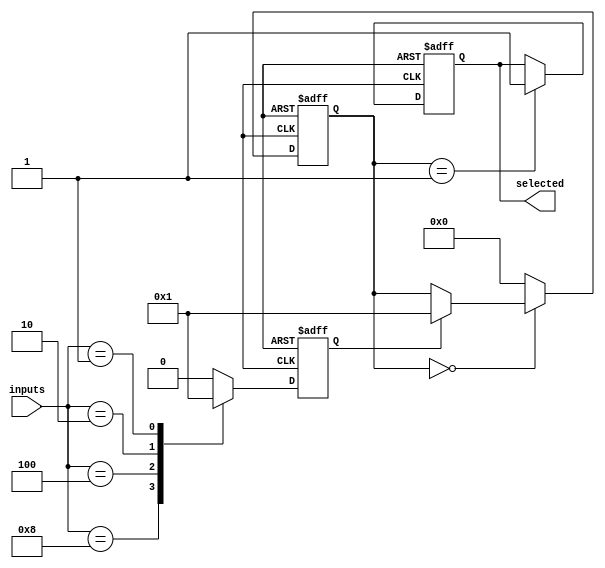
module priority_arbiter (
  input wire [N-1:0] inputs,
  output reg selected
);

reg [N-1:0] priority_levels;
reg [N-1:0] state;

parameter N = 4; // number of input signals

always @ (posedge clk or negedge rst_n) begin
  if (~rst_n) begin
    priority_levels <= 'h0;
    state <= 'h0;
    selected <= 1'b0;
  end else begin
    // priority encoder
    case (inputs)
      4'b1000: priority_levels <= 4'b1000;
      4'b0100: priority_levels <= 4'b0100;
      4'b0010: priority_levels <= 4'b0010;
      4'b0001: priority_levels <= 4'b0001;
      default: priority_levels <= 'h0;
    endcase

    // state machine
    case (state)
      4'h0: begin
        if (priority_levels[0]) begin
          state <= 4'h1;
        end
      end
      4'h1: begin
        selected <= 1'b1;
        state <= 4'h0;
      end
      default: state <= 4'h0;
    endcase
  end
end

endmodule